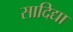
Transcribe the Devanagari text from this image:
सादिद्या